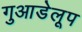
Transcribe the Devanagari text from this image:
गुआडेलूप